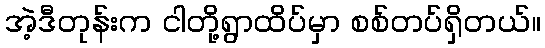
အဲ့ဒီတုန်းက ငါတို့ရွာထိပ်မှာ စစ်တပ်ရှိတယ်။